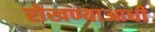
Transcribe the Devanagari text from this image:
रोखण्याआधी